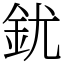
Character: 䤞